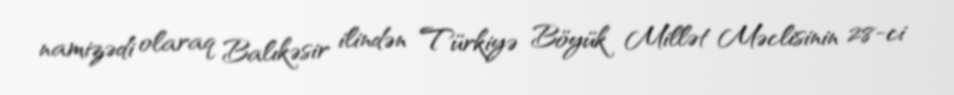
namizədi olaraq Balıkəsir ilindən Türkiyə Böyük Millət Məclisinin 28-ci